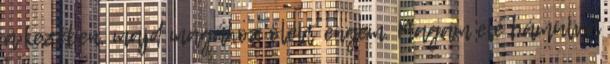
a kezében, majd magához ölelt engem. Magam elé bámulva